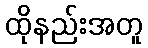
ထိုနည်းအတူ